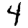
Digit: 4